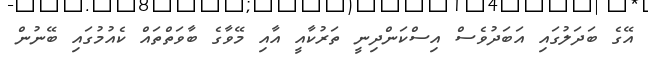
އޭގެ ބަދަލުގައި އަބަދުވެސް އިސްކަންދިނީ ތަރުކާއީ އާއި މޭވާގެ ބާވަތްތައް ކެއުމުގައި ބޭނުން